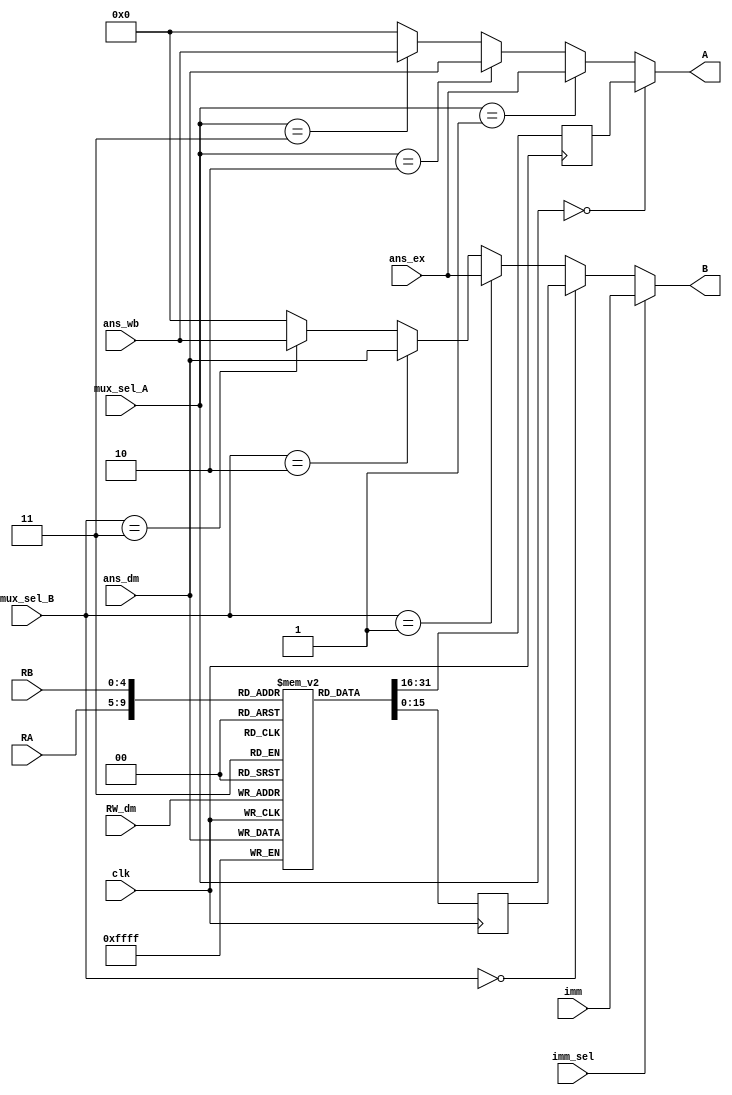
`timescale 1ns / 1ps
//////////////////////////////////////////////////////////////////////////////////
// Company: 
// Engineer: 
// 
// Design Name: 
// Module Name:    Register_Bank_Block 
// Project Name: 
// Target Devices: 
// Tool versions: 
// Description: 
//
// Dependencies: 
//
// Revision: 
// Revision 0.01 - File Created
// Additional Comments: 
//
//////////////////////////////////////////////////////////////////////////////////
module Register_Bank_Block(
    input [15:0] ans_ex, ans_dm, ans_wb, imm,
	 input [4:0] RA, RB, RW_dm,
	 input [1:0] mux_sel_A, mux_sel_B,
	 input imm_sel, clk,
	 output [15:0] A, B	 
	 );
/*
ans_ex : Answer from execution block
ans_dm : Answer from data memory block
ans_wb : Answer from writeback block
imm : 16 bit immediate value which does not load the register.
RA : 5 bit address for Register A.
RB : 5 bit address for Register B.
RW_dm : 5 bit address which comes out from the Data_memory block.
mux_sel_A : Mux selection bit for A.
mux_sel_B : Mux selection bit for BI.
imm_sel : Immediate number select, that choose between BI and immediate value.
A : First operand for Execution block.
B : Second operand for Execution block.
*/

reg [15:0] reg_bank [31:0]; // 32 rows and 16 columns means 32x16 register bank is declared here.
reg [15:0] AR, BR; //outputs of Register bank.
wire [15:0] BI;


always@(posedge clk) //whole register bank works on positive edge clock.
begin
	AR = reg_bank[RA];
	BR = reg_bank[RB];
	reg_bank[RW_dm] = ans_dm; // ans_dm is the output of Data Memory Block and it will be stored at RW_dm address of Register bank.
	
end

assign A = ((mux_sel_A==2'b00) ? AR : 
			    ((mux_sel_A==2'b01) ? ans_ex :
				   ((mux_sel_A==2'b10) ? ans_dm : 
					  ((mux_sel_A==2'b11) ? ans_wb :0 ))));
					  
assign BI = ((mux_sel_B==2'b00) ? BR :
			    ((mux_sel_B==2'b01) ? ans_ex :
				   ((mux_sel_B==2'b10) ? ans_dm : 
					  ((mux_sel_B==2'b11) ? ans_wb :0 ))));

assign B = (imm_sel) ? imm : BI;

endmodule